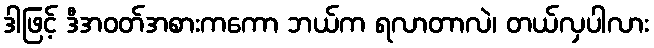
ဒါဖြင့် ဒီအဝတ်အစားကကော ဘယ်က ရလာတာလဲ၊ တယ်လှပါလား